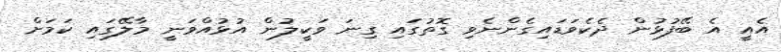
އެއީ އެ ބޭފުޅުން ދެކެވަޑައިގެންނެވި ގޮތުގައި ގިނަ ވަކީލުން އުޅުއްވަނީ މާލޭގައި ކަމަށް